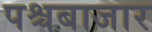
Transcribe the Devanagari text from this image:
पश्चबाजार